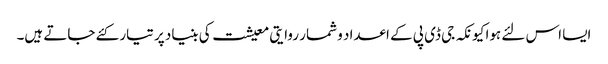
ایسا اس لئے ہوا کیونکہ جی ڈی پی کے اعداد و شمار روایتی معیشت کی بنیاد پر تیار کئے جاتے ہیں۔